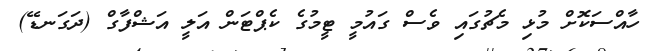
ހާއްސަކޮށް މުޅި މެޗުގައި ވެސް ގައުމީ ޓީމުގެ ކެޕްޓަން އަލީ އަޝްފާގް (ދަގަނޑޭ)